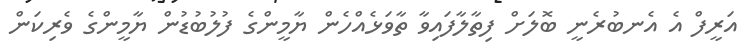
އަރީފް އެ އެނބުރެނީ ބޮލަށް ފިތާލާފައިވާ ތާވަޅެއްހެން ޔާމީންގެ ފުލުބުޑުން ޔާމީންގެ ވެރިކަން